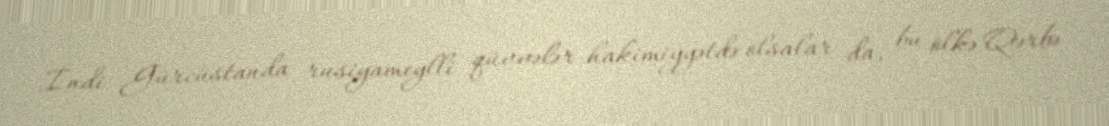
İndi Gürcüstanda rusiyameylli qüvvələr hakimiyyətdə olsalar da, bu ölkə Qərbə